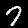
Label: 7